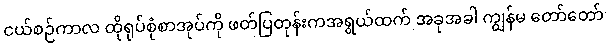
ငယ်စဉ်ကာလ ထိုရုပ်စုံစာအုပ်ကို ဖတ်ပြတုန်းကအရွယ်ထက် အခုအခါ ကျွန်မ တော်တော်